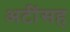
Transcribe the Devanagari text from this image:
अटींसह